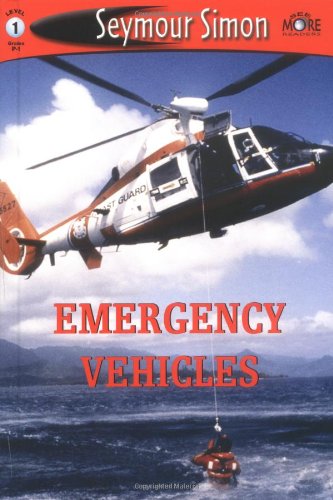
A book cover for SeeMore Emergency Vehicles LE (SeeMore Readers); Seymour Simon; Engineering & Transportation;